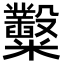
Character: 糳